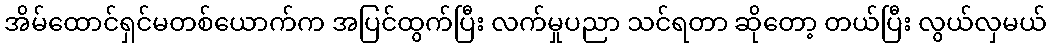
အိမ်ထောင်ရှင်မတစ်ယောက်က အပြင်ထွက်ပြီး လက်မှုပညာ သင်ရတာ ဆိုတော့ တယ်ပြီး လွယ်လှမယ်